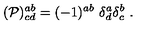
( { \cal P } ) _ { c d } ^ { a b } = ( - 1 ) ^ { a b } \ \delta _ { d } ^ { a } \delta _ { c } ^ { b } \ .